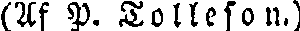
(Af P. Tolleson.)